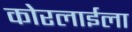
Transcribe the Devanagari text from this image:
कोरलाईला